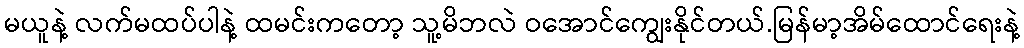
မယူနဲ့ လက်မထပ်ပါနဲ့ ထမင်းကတော့ သူ့မိဘလဲ ဝအောင်ကျွေးနိုင်တယ်.မြန်မာ့အိမ်ထောင်ရေးနဲ့